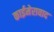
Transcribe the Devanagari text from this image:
काईमेरावाद